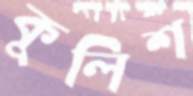
কুলিশ